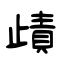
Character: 歵